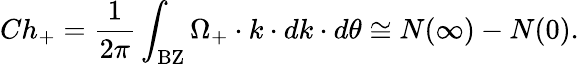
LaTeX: Ch_{+}=\frac{1}{2\pi}\int_{\mathrm{BZ}}\Omega_{+}\cdot k\cdot dk\cdot d\theta\cong N(\infty)-N(0).